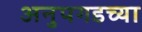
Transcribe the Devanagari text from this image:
अनुपगडच्या